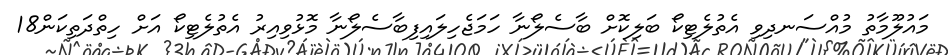
މައުލޫމާތު މުއްސަނދިވި އެތުލެޓިކޯ ބަލިކޮށް ބާސެލޯނާ ހަމަޖެހިލައިފިބާސެލޯނާ މޮޅުވިއިރު އެތުލެޓިކޯ އަށް ހިތްދަތިކަން18